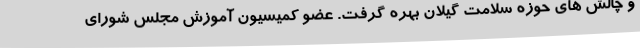
و چالش های حوزه سلامت گیلان بهره گرفت. عضو کمیسیون آموزش مجلس شورای